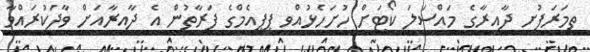
ތިމަރަފުށީ ދާއިރާގެ މައްސަލަ ކޯޓަށް ހުށަހެޅުއްވީ ޕީޕީއެމްގެ ފަރާތުން އެ ދާއިރާއަށް ވާދަކުރައްވާ